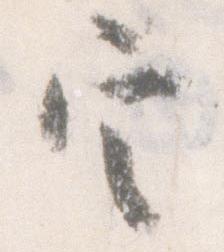
定